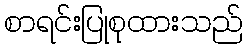
စာရင်းပြုစုထားသည်